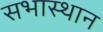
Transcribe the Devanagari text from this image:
सभास्थान